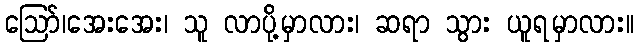
ဪ၊အေးအေး၊ သူ လာပို့မှာလား၊ ဆရာ သွား ယူရမှာလား။